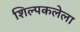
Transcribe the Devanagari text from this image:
शिल्पकलेला